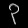
Digit: ၃